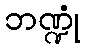
ဘဏ္ဍုံ